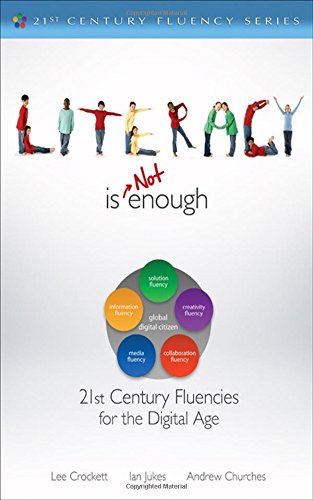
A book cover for Literacy Is NOT Enough: 21st Century Fluencies for the Digital Age (The 21st Century Fluency Series); Lee Crockett; Education & Teaching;